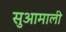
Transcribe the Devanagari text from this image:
सुआमाली